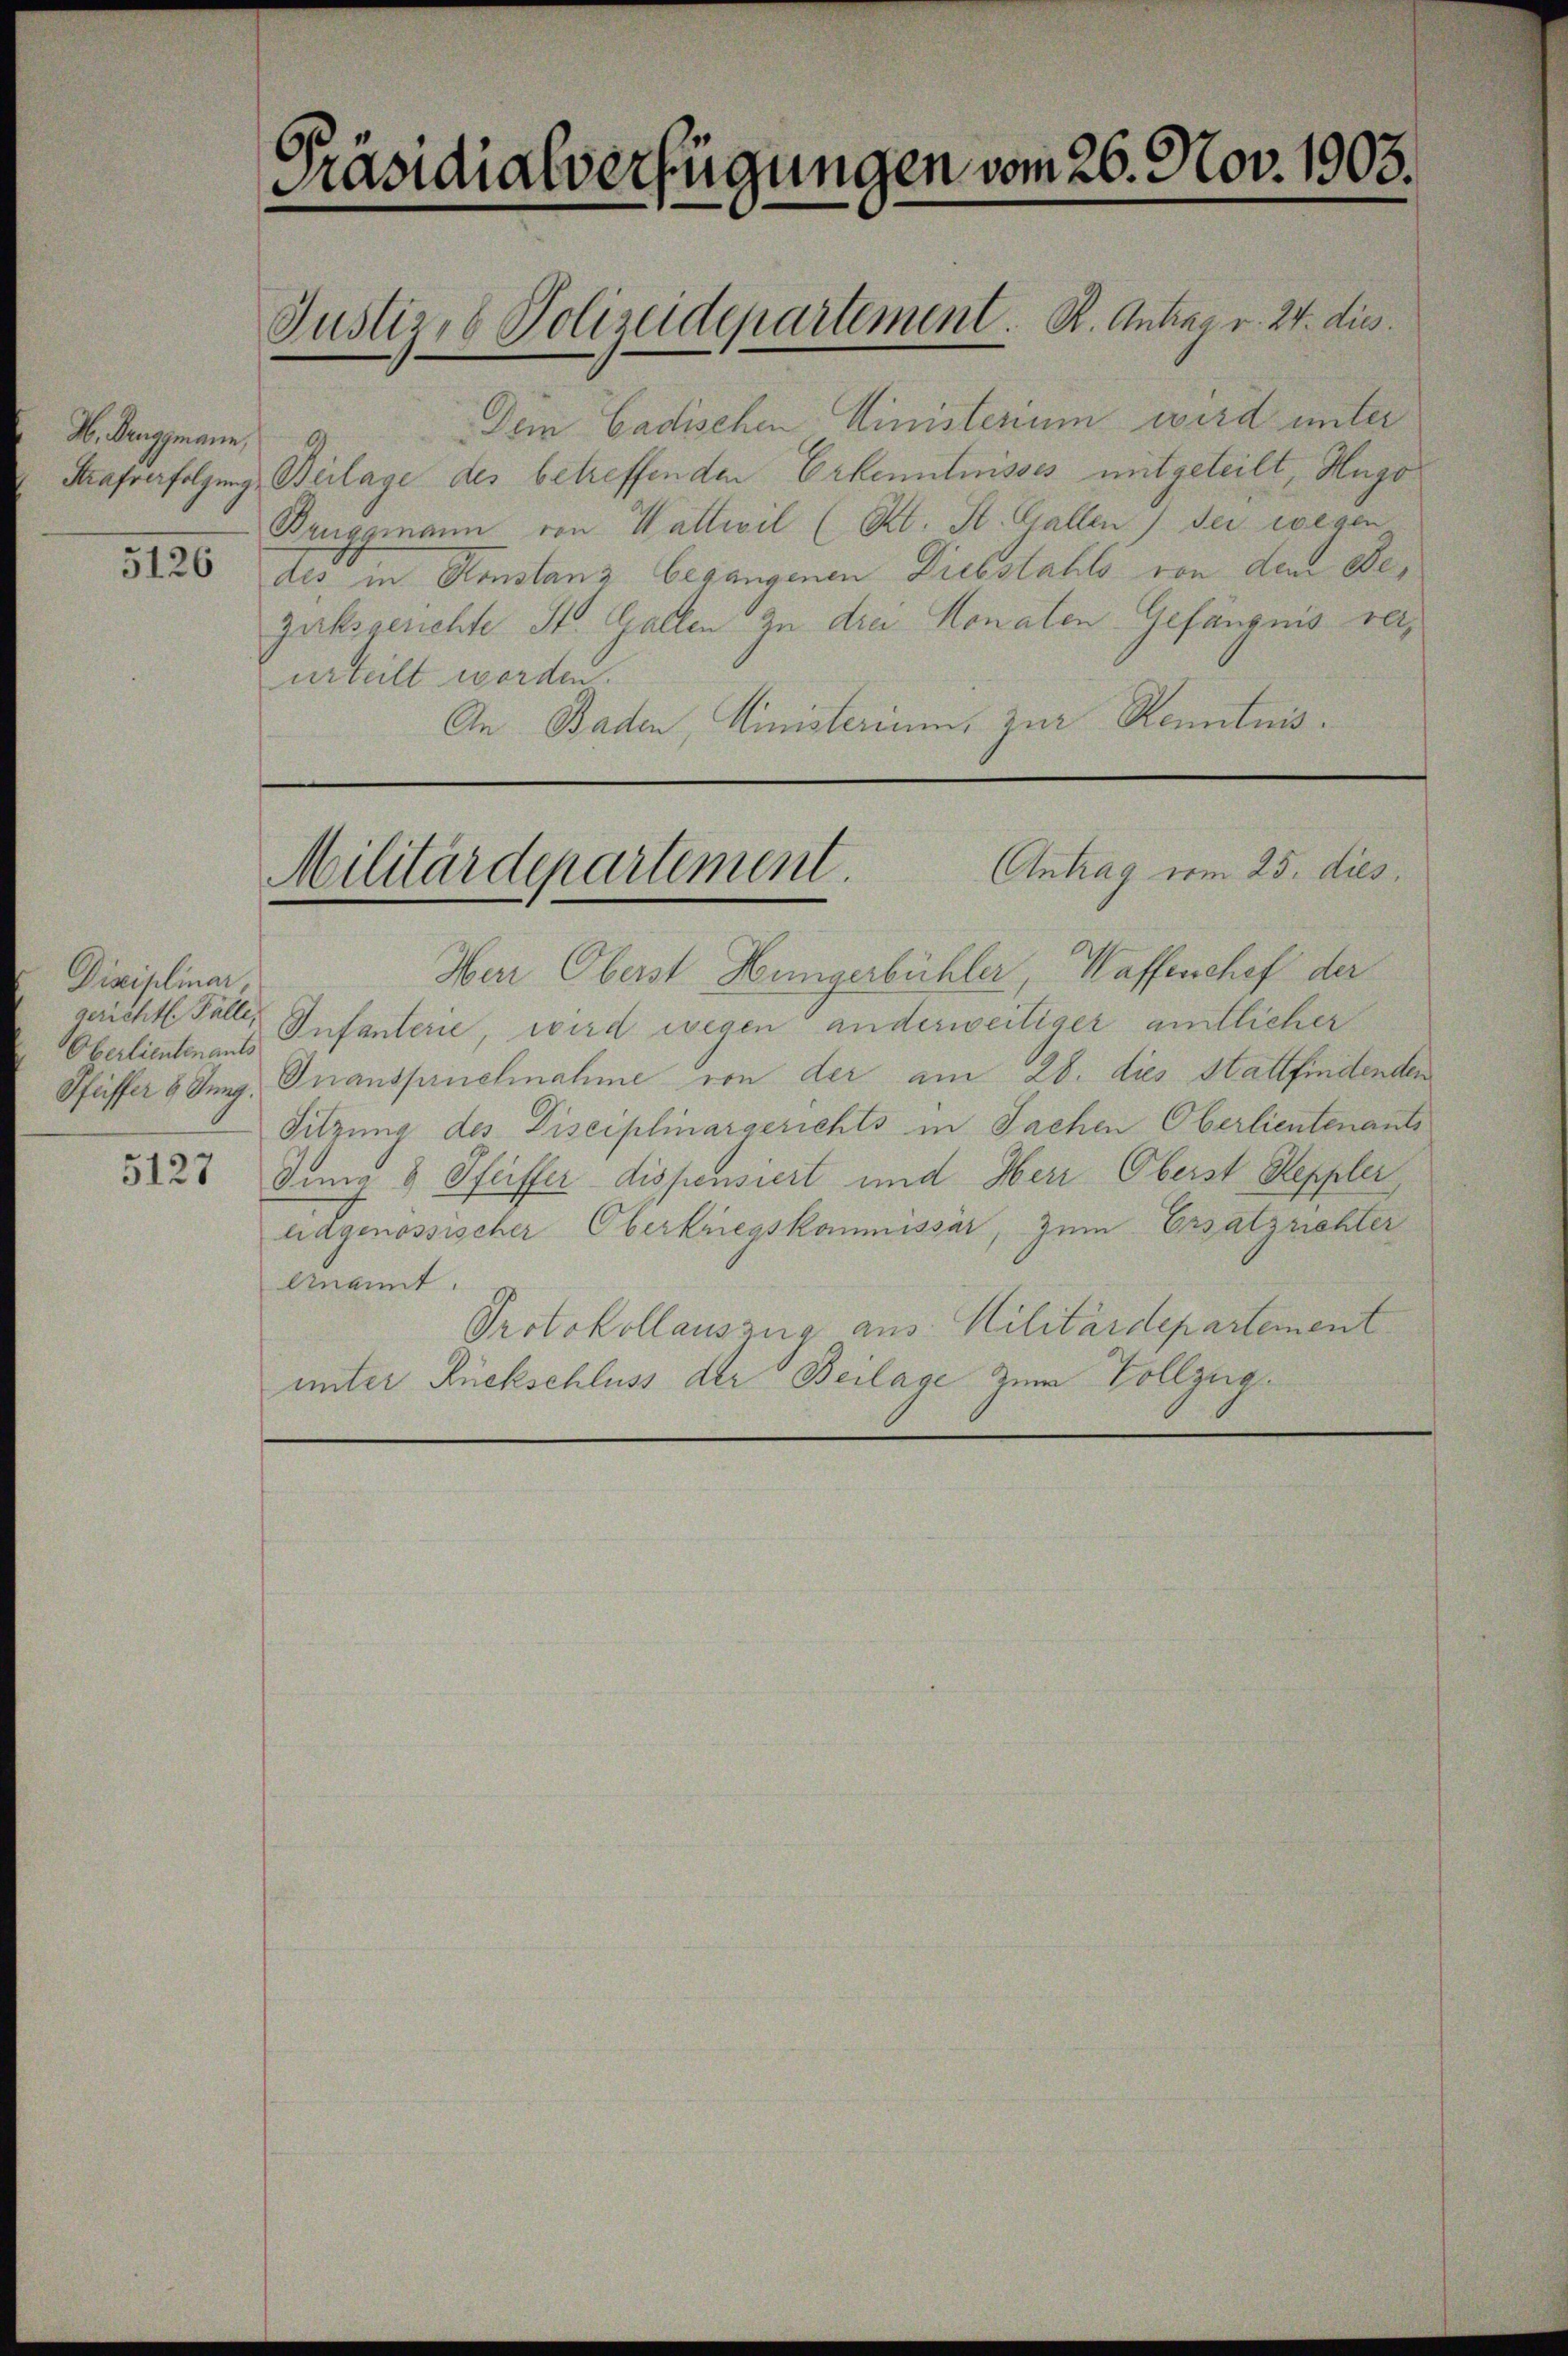
M. Bruggmann,
5126

Disciplinar,
Oberlieutenants

5127

Präsidialverfügungen vom 26. Nov. 1903.

Dein Cadischen Ministerium wird unter
Strafverfolgung, Beilage des betreffenden Erkenntnisses mitgeteilt, Hugo
Bruggmann von Walliil (Kl. St. Gallen) der wegen
des in Konstanz begangenen Diebstahls von dem Dezirksgerichte St. Gallen zu drei Monalen-Gefängnis reiurteilt worden.
An Baden, Ministerium, zur Kenntnis.

Justiz- & Polizeidepartement. R. Antrag v. 24. dies

Antrag vom 25. dies
Militärdepartement

Herr Oberst Hungerbühler, Waffenschef der
chtl. Faller Infanterie, wird wegen anderweitiger amtlicher
Sfeiffer 6 Jung, Inanspruchnahme von der am 28. dies Stattfindenden
Sitzung des Disciplinargerichts in Sachen Oberlieutenants
Inna 8 Pfeiffer dispensiert und Herr Oberst Seppler
hidgenössischer Oberkriegskommissär, zum Ersatzrichter
Anant.
Protokollauszug aus Militärdepartement
unter Rückschluss der Beilage zum Vollzug